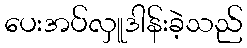
ပေးအပ်လှူဒါန်းခဲ့သည်